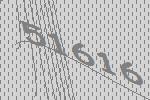
51616